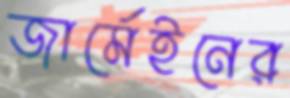
জার্মেইনের